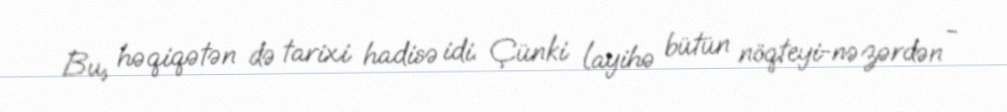
Bu, həqiqətən də tarixi hadisə idi. Çünki layihə bütün nöqteyi-nəzərdən -